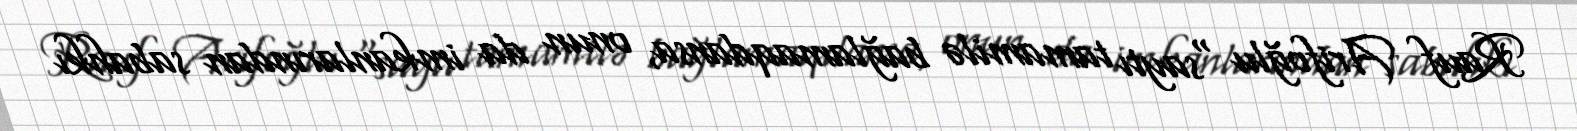
Rauf Arifoğlu “saytı tamamilə bağlamaqdansa, onun da imkanlarından sabahkı